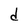
Character: d